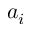
a _ { i }